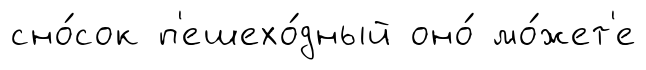
сно́сок п'ешехо́дный оно́ мо́жет'е